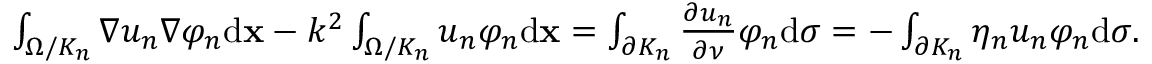
\begin{array} { r } { \int _ { \Omega / { K _ { n } } } { \nabla { u _ { n } } \nabla { \varphi _ { n } } \mathrm d \mathbf x - { k ^ { 2 } } } \int _ { \Omega / { K _ { n } } } { { u _ { n } } { \varphi _ { n } } } \mathrm d \mathbf x = \int _ { \partial { K _ { n } } } { { \frac { \partial u _ { n } } { \partial \nu } } } { \varphi _ { n } } \mathrm d \sigma = - \int _ { \partial { K _ { n } } } \eta _ { n } { u _ { n } } { \varphi _ { n } } { \mathrm { d } } { \sigma } . } \end{array}